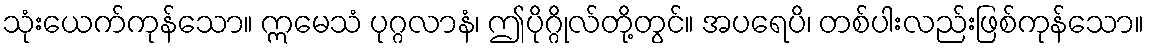
သုံးယေက်ကုန်သော။ ဣမေသံ ပုဂ္ဂလာနံ၊ ဤပိုဂ္ဂိုလ်တို့တွင်။ အပရေပိ၊ တစ်ပါးလည်းဖြစ်ကုန်သော။